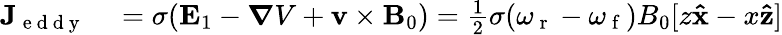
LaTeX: \begin{array}{rl}{\mathbf{J}_{\mathrm{~e~d~d~y~}}}&{{}=\sigma(\mathbf{E}_{1}-\boldsymbol{\nabla}V+\mathbf{v}\times\mathbf{B}_{0})=\frac{1}{2}\sigma(\omega_{\mathrm{~r~}}-\omega_{\mathrm{~f~}})B_{0}[z\mathbf{\hat{x}}-x\mathbf{\hat{z}}]}\end{array}